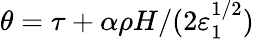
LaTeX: \theta=\tau+\alpha\rho H/(2\varepsilon_{1}^{1/2})